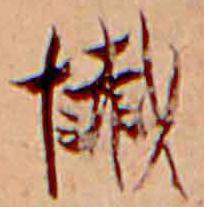
懺